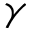
\gamma